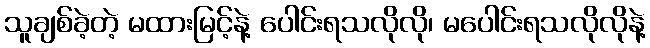
သူချစ်ခဲ့တဲ့ မထားမြင့်နဲ့ ပေါင်းရသလိုလို၊ မပေါင်းရသလိုလိုနဲ့